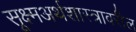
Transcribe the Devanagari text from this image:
सूक्ष्मअर्थशास्त्रावरील